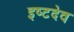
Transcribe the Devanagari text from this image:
इष्‍टदेव